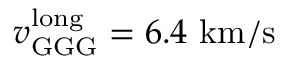
v _ { \mathrm { G G G } } ^ { \mathrm { l o n g } } = 6 . 4 ~ \mathrm { k m / s }